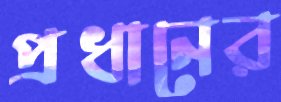
প্রধানের